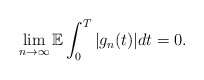
\begin{align*}\lim_{n\rightarrow\infty}\mathbb{E} \int_0^T |g_n(t)| dt = 0.\end{align*}